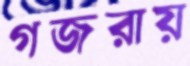
গজরায়